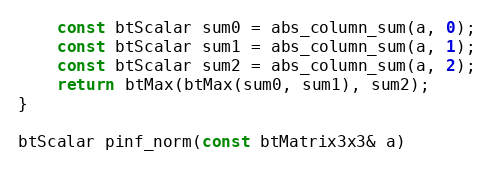
Language: C++
	const btScalar sum0 = abs_column_sum(a, 0);
	const btScalar sum1 = abs_column_sum(a, 1);
	const btScalar sum2 = abs_column_sum(a, 2);
	return btMax(btMax(sum0, sum1), sum2);
}

btScalar pinf_norm(const btMatrix3x3& a)